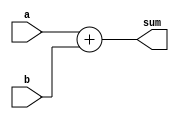

// adder.v - logic for adder

module adder #(parameter WIDTH = 32) (
    input       [WIDTH-1:0] a, b,
    output      [WIDTH-1:0] sum
);

assign sum = a + b;

endmodule